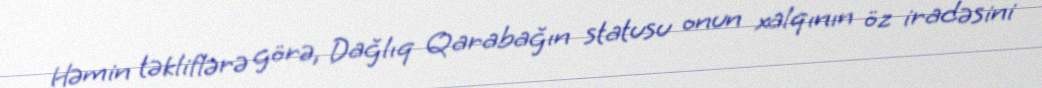
Həmin təkliflərə görə, Dağlıq Qarabağın statusu onun xalqının öz iradəsini